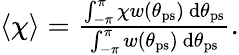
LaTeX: \begin{array}{r}{\langle\chi\rangle=\frac{\int_{-\pi}^{\pi}\chi w(\theta_{\mathrm{ps}})\ {\mathrm{d}}\theta_{\mathrm{ps}}}{\int_{-\pi}^{\pi}w(\theta_{\mathrm{ps}})\ {\mathrm{d}}\theta_{\mathrm{ps}}}.}\end{array}